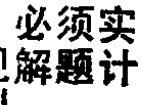
必须实\\解 题计